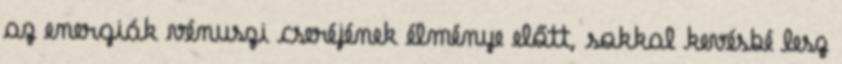
az energiák vénuszi cseréjének élménye előtt, sokkal kevésbé lesz